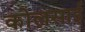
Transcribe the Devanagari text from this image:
कोलसाई